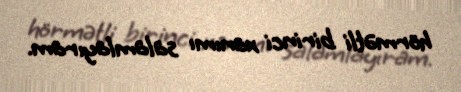
hörmətli birinci xanımı salamlayıram.